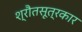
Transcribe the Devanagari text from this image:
श्रौतसूत्रकार